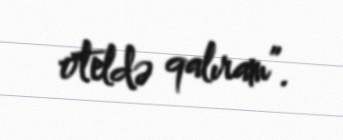
oteldə qalıram”.